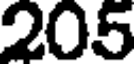
205